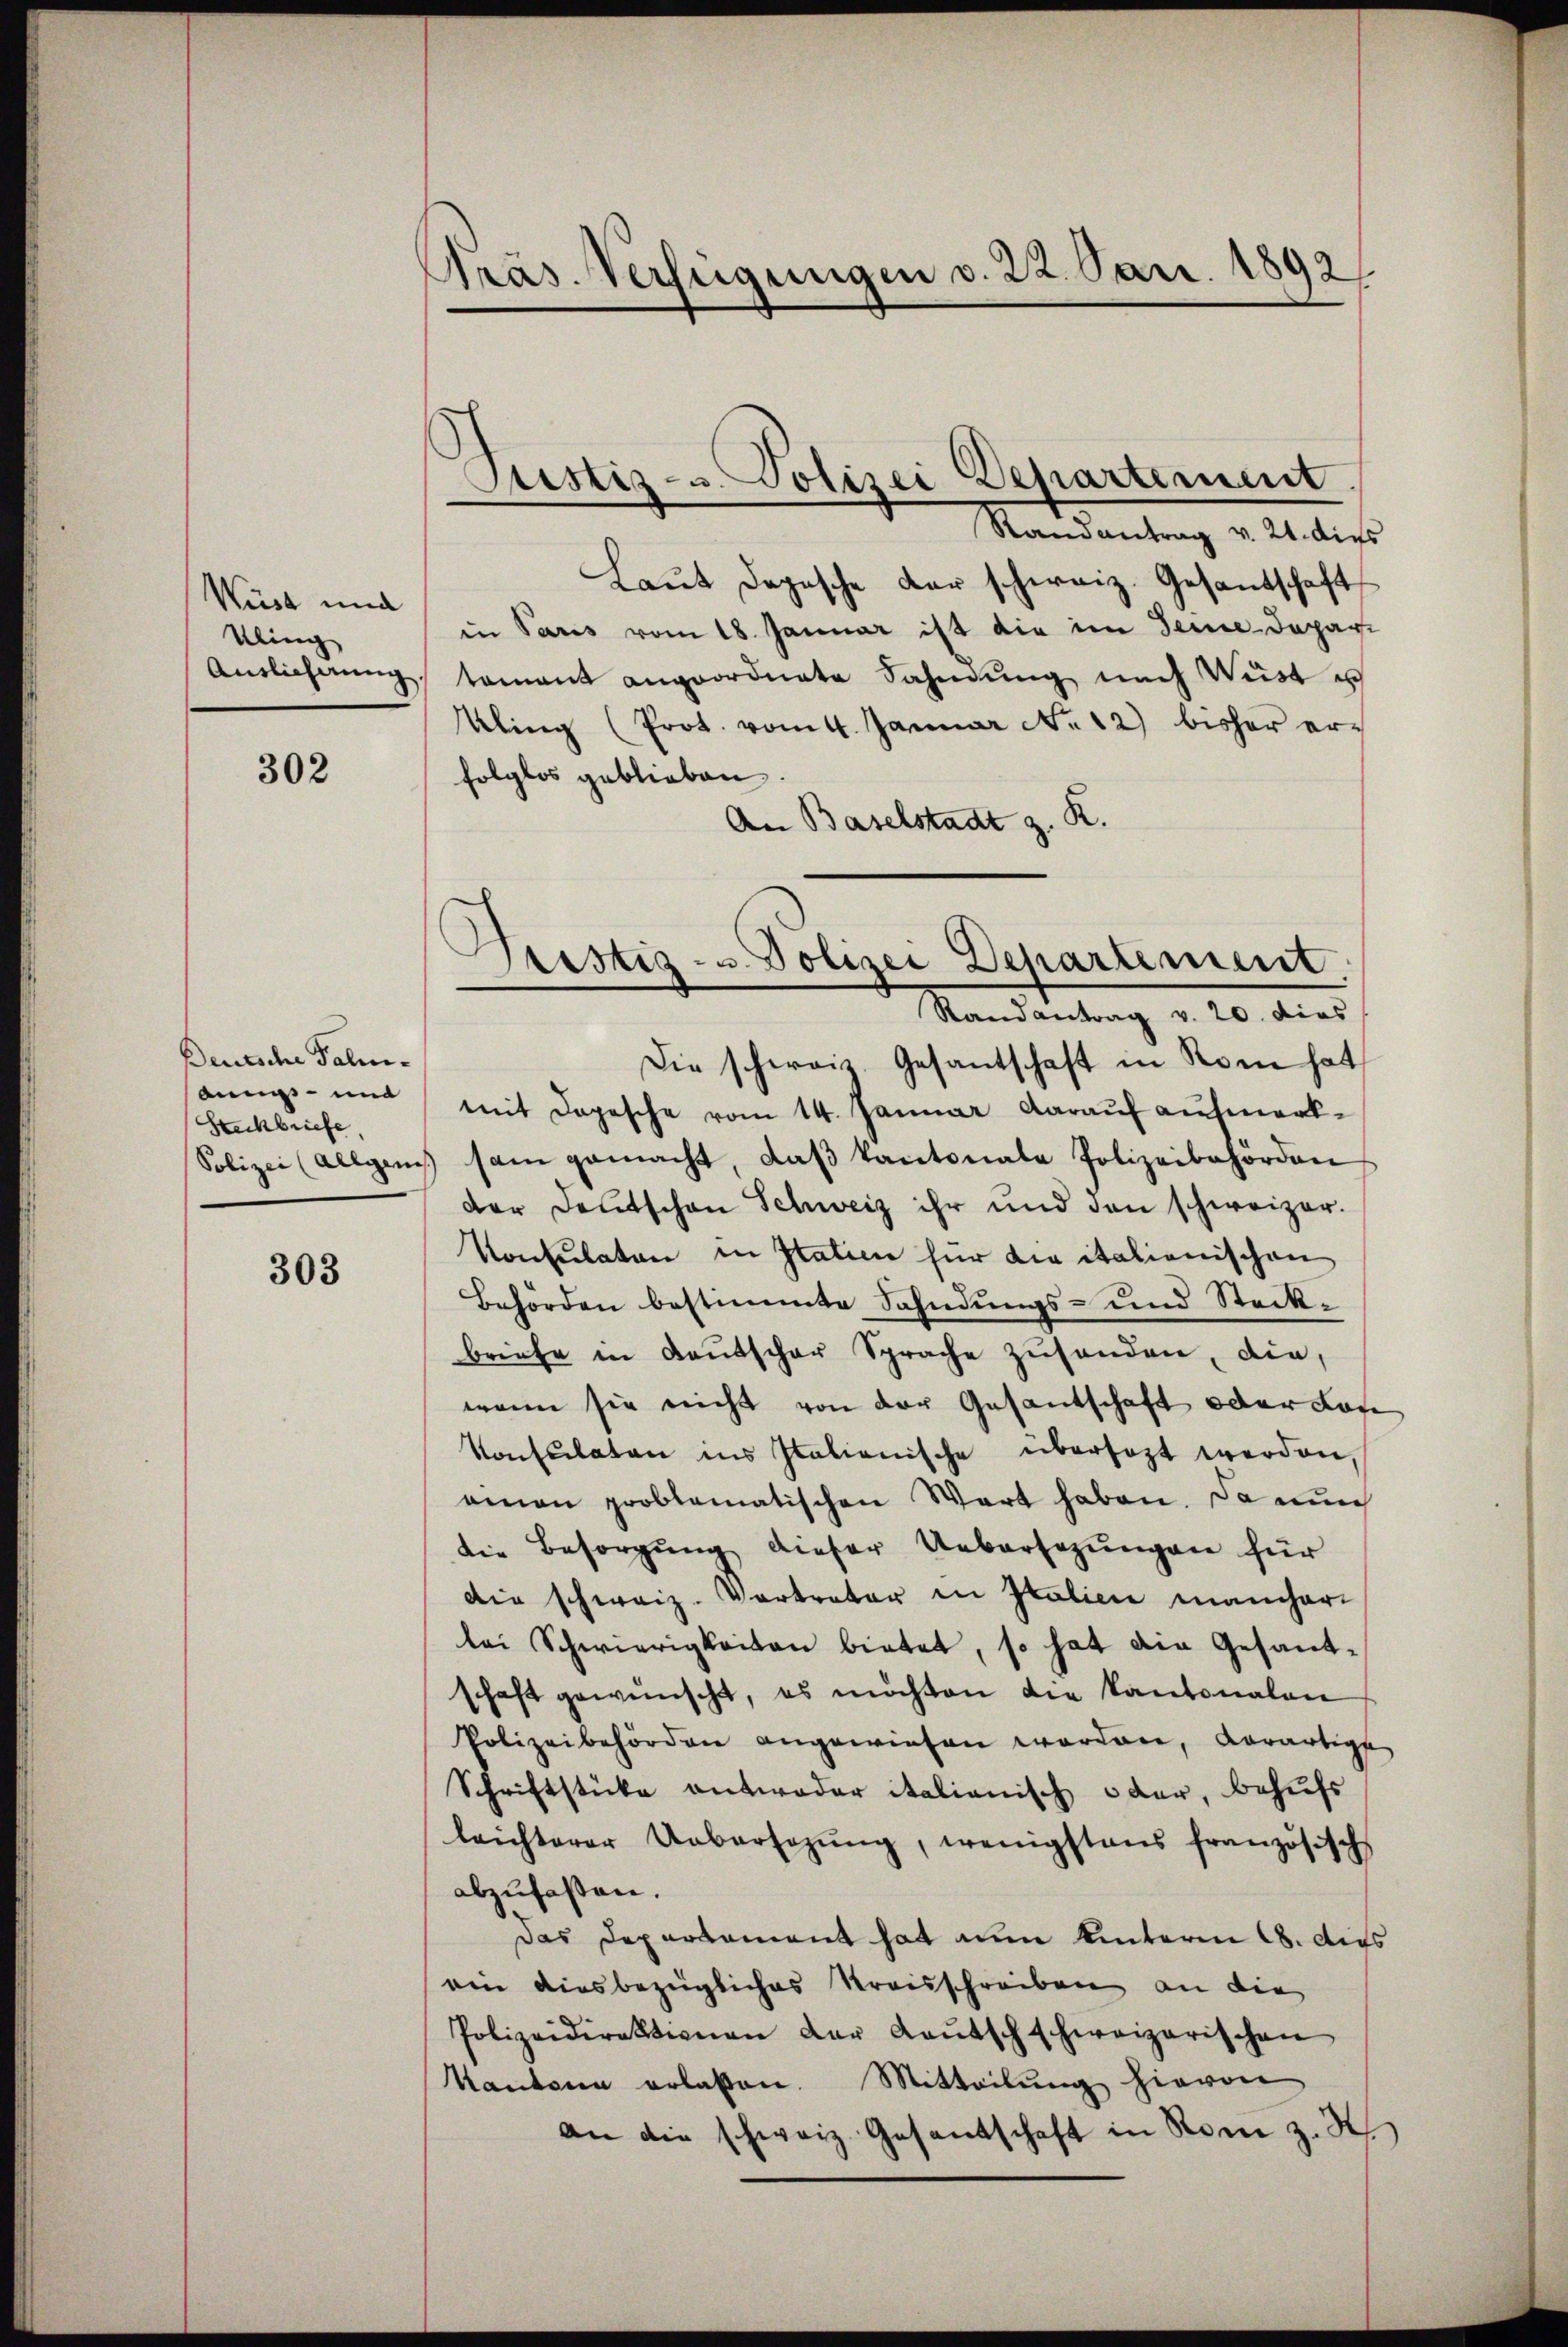
Wüst und
Kling

302

Deutsche Palmsannes- und
Steckbriefe

303

Präs. Verfügungen d. 22. Jan. 1892

Ptistiz- u. Polizei Departement

Randantrag v. 21. dies
Laŭt Dogische der schweiz. Gesandschaft
in Paris vom 18. Januar ist die im Seine Depari
Aŭslichnŭng, romant angeordnete Sahndŭng nach Wüst u
Kling (Prot. vom 4. Januar No. 12) bisher er-
folglos geblieben.
An Baselstadt z. R.
Die schweiz. Gesantschaft in Rome hat
mit Depesche vom 14. Januar darauf aufmerk¬
Polizei (Allgemes sam gemacht, daβ Kantonale Polizeibehörden
der Deutschen Schweiz ihr und den schweizer.
Konsulaten in Statien für die italienischen
Behörden bestimmte Fahndungs- und Steckbriefe in Kautscher Sprache zŭsenden, die,
wenn sie nicht von der Gesantschaft oder Lan
Konsulaten ins Italienische übersezt werden,
amon problematischen Wart haben. Da nun
die Besorgŭng dieser Uebersezungen für
die schweiz. Vertreter in Italien mancher
bei Schwierigkeiten bietet, so hat die Gesandschaft gewünscht, es möchten die kantonalen
Polizeibehörden angewiesen worden, derartige
Schriftstücke antwoder italienisch oder, behufs
leichterer Uebersezung, wenigstens französisch
abzufaßen.
Das Departament hat aum hinterm 18. Aus
ein diesbezügliches Kreisschreiben an die
Polizeidirektionen der Laŭtschschweizerischen
Kantone erlaßen. Mitteilŭng hievon
an die schweiz. Gesandschaft in Rom z. S

Fristig- u. Polizei Departement.
Randantrag v. 20. dies